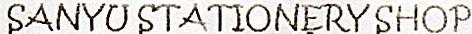
SANYU STATIONERY SHOP